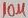
Text: 10µ